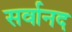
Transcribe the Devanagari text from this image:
सर्वानद